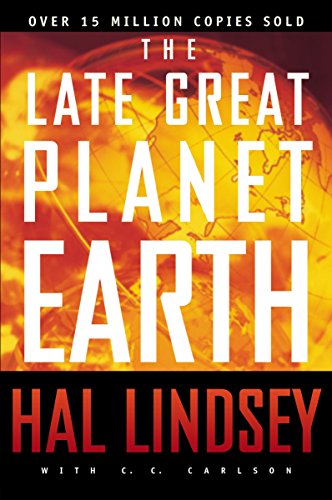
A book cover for The Late Great Planet Earth; Hal Lindsey; Christian Books & Bibles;